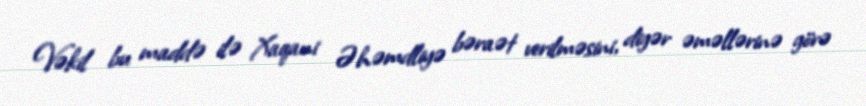
Vəkil bu maddə ilə Xaqani Əhəmdliyə bəraət verilməsini, digər əməllərinə görə